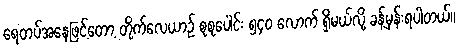
ရေတပ်အနေဖြင့်တော့ တိုက်လေယာဉ် စုစုပေါင်း ၅၄၀ လောက် ရှိမယ်လို့ ခန့်မှန်းရပါတယ်။